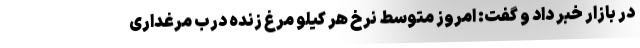
در بازار خبر داد و گفت: امروز متوسط نرخ هر کیلو مرغ زنده درب مرغداری